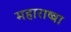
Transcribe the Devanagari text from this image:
महाराष्त्रा